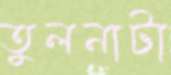
তুলনাটা